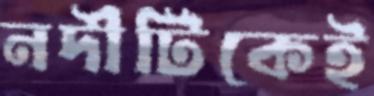
নদীটিকেই